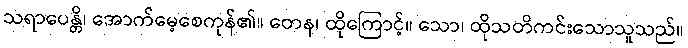
သရာပေန္တိ၊ အောက်မေ့စေကုန်၏။ တေန၊ ထိုကြောင့်။ သော၊ ထိုသတိကင်းသောသူသည်။